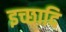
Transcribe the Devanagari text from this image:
इच्छादि